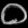
Digit: ၀